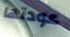
عودتها